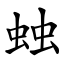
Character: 䖵